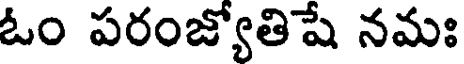
ఓం పరంజ్యోతిషే నమః